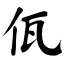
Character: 佤